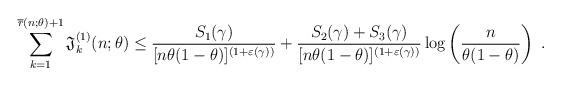
LaTeX: \begin{align*} \sum_{k=1}^{\overline{r}(n;\theta) + 1} \mathfrak{J}_k^{(1)}(n;\theta) \leq \frac{S_1(\gamma)}{ [n\theta(1-\theta)]^{(1+\varepsilon(\gamma))}} + \frac{S_2(\gamma)+S_3(\gamma)} { [n\theta(1-\theta)]^{(1+\varepsilon(\gamma))}}\log\left(\frac{n}{\theta(1-\theta)} \right)\ .\end{align*}